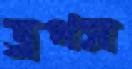
ড্রপস